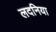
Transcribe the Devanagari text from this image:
लदनिया